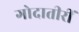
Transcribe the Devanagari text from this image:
गोदातीरीं